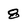
Character: 8